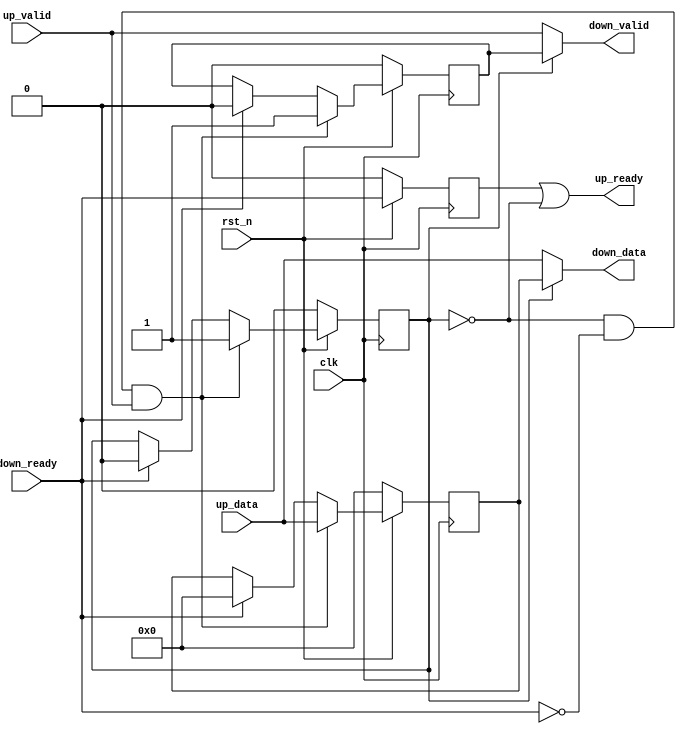
// -----------------------------------------------------------------------------
// Copyright (c) 2014-2022 All rights reserved
// -----------------------------------------------------------------------------
// Create : 2022-06-09 15:37:03
// Revise : 2022-06-10 14:11:04
// Editor : sublime text3, tab size (4)
// -----------------------------------------------------------------------------

module Handshakes_delay_Ready #
(
	parameter	WORD_WIDTH = 32

)
(
	input	wire						clk,
	input	wire						rst_n,
	input	wire						up_valid,
	input	wire	[WORD_WIDTH-1:0]	up_data,
	input	wire						down_ready,
	output	wire						down_valid,
	output	wire	[WORD_WIDTH-1:0]	down_data,
	output	wire						up_ready
);

reg						reg_fill;
reg 					buf_valid;
reg	[WORD_WIDTH-1:0]	buf_data;
reg						buf_ready;				
//Datavalidvalidreadydestination
//sourseready_delay
// destination 

always@(posedge clk)begin
	if(!rst_n)begin
		reg_fill <= 1'b0;
	end
	else if((reg_fill == 1'b0)&&(down_ready == 1'b0)&&(up_valid == 1'b1))begin
		reg_fill <= 1'b1;
	end
	else if(down_ready == 1'b1)begin
		reg_fill <= 1'b0;
	end
	else begin
		reg_fill <= reg_fill;
	end
end

always@(posedge clk)begin
	if(!rst_n)begin
		buf_valid <= 'd0;
	end
	else if((reg_fill == 1'b0)&&(down_ready == 1'b0)&&(up_valid == 1'b1))begin
		buf_valid <= 1'b1;
	end
	else if(down_ready == 1'b1)begin
		buf_valid <= 1'b0;
	end
	else begin
		buf_valid <= buf_valid;
	end
end

always@(posedge clk)begin
	if(!rst_n)begin
		buf_data <= 'd0;
	end
	else if((reg_fill == 1'b0)&&(down_ready == 1'b0)&&(up_valid == 1'b1))begin
		buf_data <= up_data;
	end
	else if(down_ready == 1'b1)begin
		buf_data <= 'd0;
	end
	else begin
		buf_data <= buf_data;
	end
end

assign down_valid = (reg_fill == 1'b1)? buf_valid:up_valid;
assign down_data = (reg_fill == 1'b1)? buf_data:up_data;

always@(posedge clk)begin
	if(!rst_n)begin
		buf_ready <= 1'b0;
	end
	else begin
		buf_ready <= down_ready;
	end
end
assign up_ready = buf_ready|(reg_fill == 1'b0);

endmodule